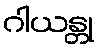
ဂါယန္တု